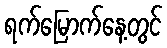
ရက်မြောက်နေ့တွင်